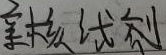
亲核试剂